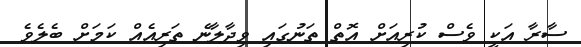
ސާރާ އަކީ ވެސް ކުރިއަށް އޮތް ތަނުގައި ވިދާލާނެ ތަރިއެއް ކަމަށް ބެލެވެ